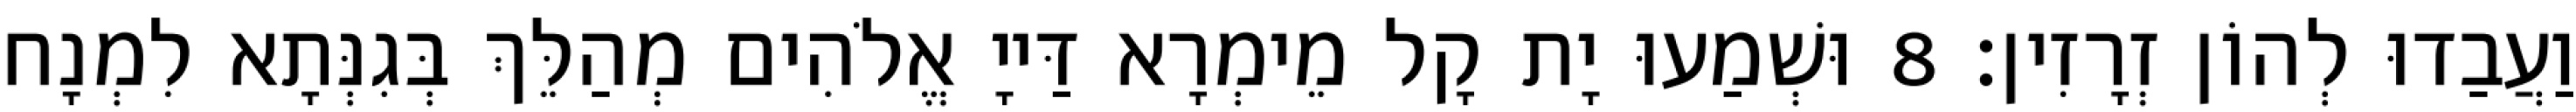
וַעֲבַדוּ לְהוֹן זְרָזִין׃ 8 וּשְׁמַעוּ יָת קָל מֵימְרָא דַּייָ אֱלֹהִים מְהַלֵּךְ בְּגִנְּתָא לִמְנָח